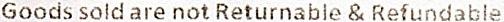
GOODS SOLD ARE NOT RETURNABLE & REFUNDABLE